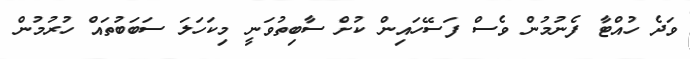
ވަދެ ހުއްޓާ ފެނުމުން ވެސް ފަސޭހައިން ކުށް ސާބިތުވަނީ މިކަހަލަ ސަބަބުތައް ހުރުމުން